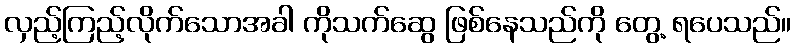
လှည့်ကြည့်လိုက်သောအခါ ကိုသက်ဆွေ ဖြစ်နေသည်ကို တွေ့ ရပေသည်။